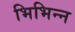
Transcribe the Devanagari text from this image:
भिभिन्न